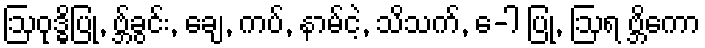
ဩဝုဒ္ဓိပြု, ဗ္ဘ်ခွင်း, ချေ, ကပ်, နာမ်ငဲ့, သိသက်, ေ-ါ ပြု, ဩရ ဗ္ဘိကော